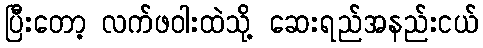
ပြီးတော့ လက်ဖဝါးထဲသို့ ဆေးရည်အနည်းငယ်